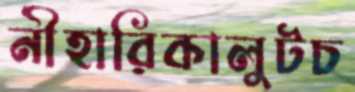
নীহারিকালুটচ